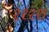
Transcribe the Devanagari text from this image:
श्श्श्श